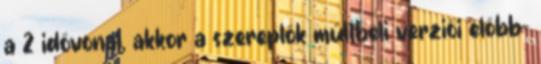
a 2 idővonal, akkor a szereplők múltbeli verziói előbb-